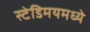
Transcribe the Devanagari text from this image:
स्टेडिमयमध्ये